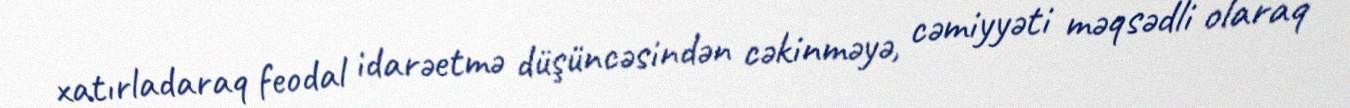
xatırladaraq feodal idarəetmə düşüncəsindən cəkinməyə, cəmiyyəti məqsədli olaraq